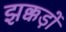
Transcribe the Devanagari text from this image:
झक्कड़ों